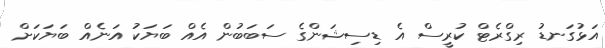
އަޅުގަނޑު ރިގްރެޓް ކުރީސް އެ ޑިސިޝަންގެ ސަބަބުން އެއް ބަޔަކު އަނެއް ބަޔަކަށް